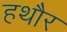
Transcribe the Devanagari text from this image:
हथौर